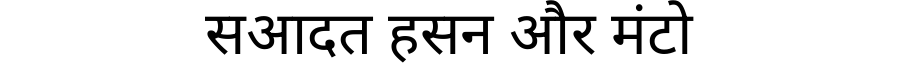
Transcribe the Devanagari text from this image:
सआदत हसन और मंटो